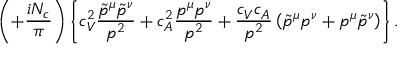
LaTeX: \left( + \frac { i N _ { c } } { \pi } \right) \left\{ c _ { V } ^ { 2 } \frac { \tilde { p } ^ { \mu } \tilde { p } ^ { \nu } } { p ^ { 2 } } + c _ { A } ^ { 2 } \frac { p ^ { \mu } p ^ { \nu } } { p ^ { 2 } } + \frac { c _ { V } c _ { A } } { p ^ { 2 } } \left( \tilde { p } ^ { \mu } p ^ { \nu } + p ^ { \mu } \tilde { p } ^ { \nu } \right) \right\} .